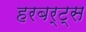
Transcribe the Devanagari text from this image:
हरबर्ट्स